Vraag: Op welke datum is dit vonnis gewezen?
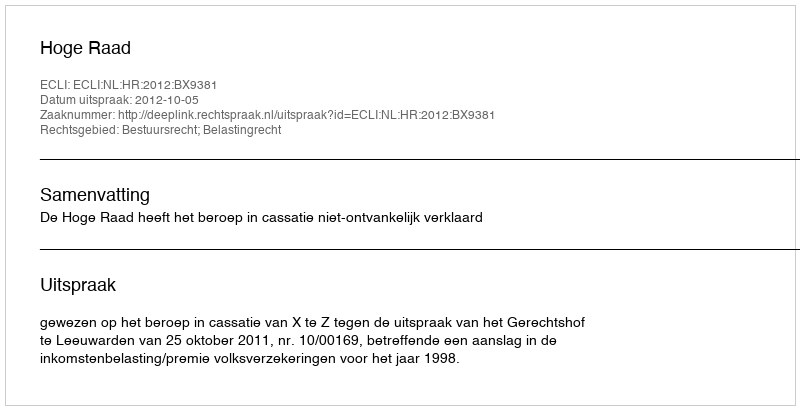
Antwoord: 2012-10-05